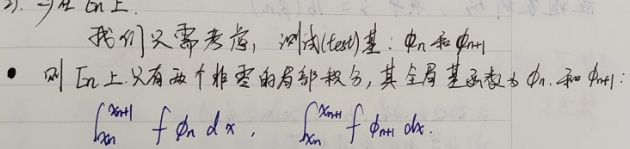
2) 一旦在 \(E_{n}\) 上：我们只需考虑，测试(test)基：\(\phi_{n}\) 和 \(\phi_{n + 1}\)
 - 则在 \(E_{n}\) 上只有两个非零的局部积分，其全局基函数为 \(\phi_{n}\) 和 \(\phi_{n+1}\)：
\(\int_{x_{n}}^{x_{n + 1}} f\phi_{n}\mathrm{d}x\)，\(\int_{x_{n}}^{x_{n + 1}} f\phi_{n + 1}\mathrm{d}x\)。